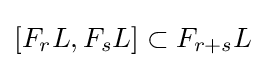
[F_{r}L,F_{s}L]\subset F_{r+s}L